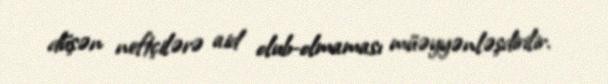
düşən neftçilərə aid olub-olmaması müəyyənləşdirilir.